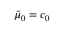
\tilde { \mu } _ { 0 } = c _ { 0 }